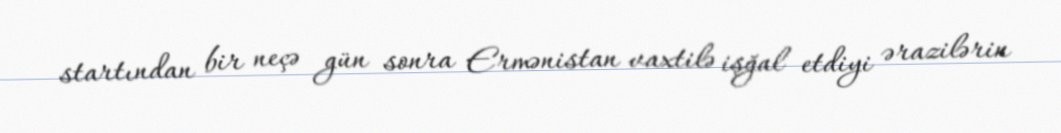
startından bir neçə gün sonra Ermənistan vaxtilə işğal etdiyi ərazilərin